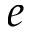
e